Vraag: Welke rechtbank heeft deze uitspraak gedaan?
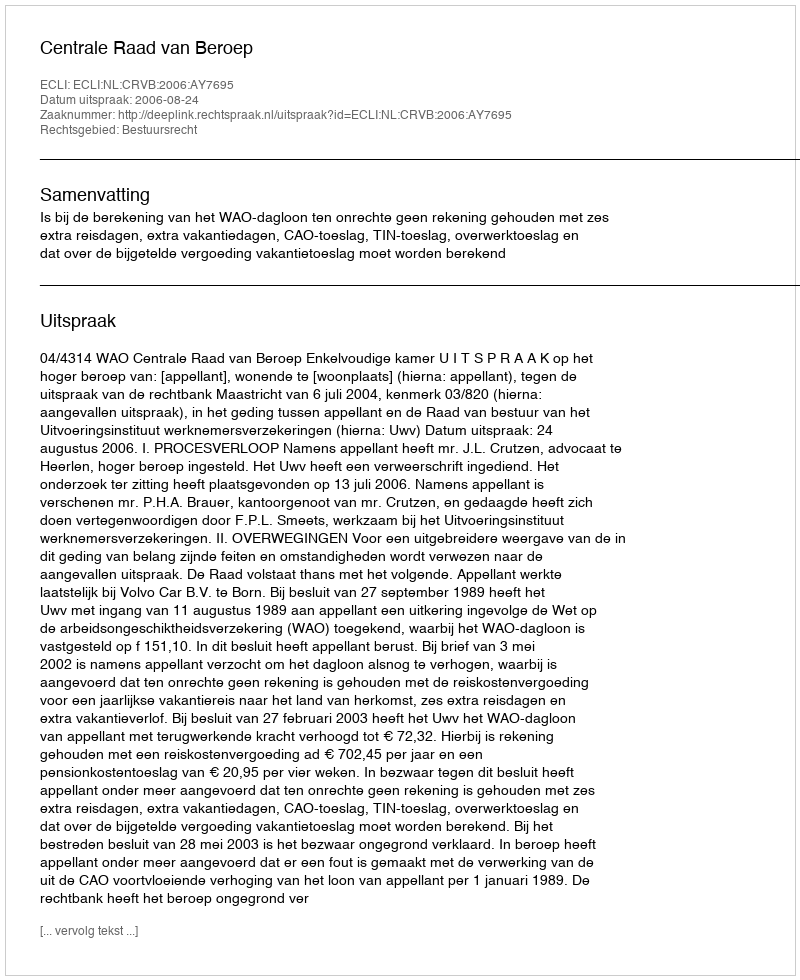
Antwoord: Centrale Raad van Beroep